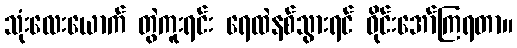
သုံးလေးယောက် တွဲကူးရင်း ရေထဲနစ်သွားရင် ဝိုင်းအော်ကြရတာ။